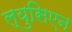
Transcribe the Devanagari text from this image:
ल्युसिएन